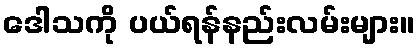
ဒေါသကို ပယ်ရန်နည်းလမ်းများ။